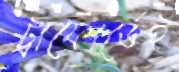
ট্রাফোর্ডেই